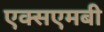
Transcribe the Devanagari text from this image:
एक्सएमबी